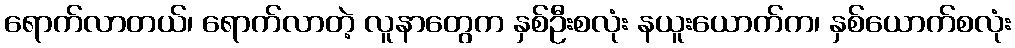
ရောက်လာတယ်၊ ရောက်လာတဲ့ လူနာတွေက နှစ်ဦးစလုံး နယူးယောက်က၊ နှစ်ယောက်စလုံး